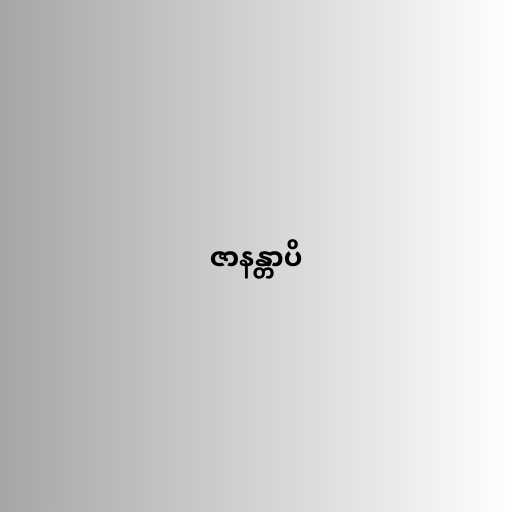
ဇာနန္တာပိ